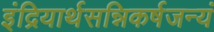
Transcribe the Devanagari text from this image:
इंद्रियार्थसन्निकर्षजन्यं